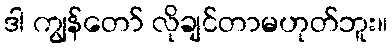
ဒါ ကျွန်တော် လိုချင်တာမဟုတ်ဘူး။